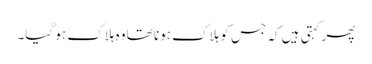
پھر کہتی ہیں کہ جس کو ہلاک ہونا تھا وہ ہلاک ہو گیا۔